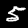
Label: 5